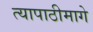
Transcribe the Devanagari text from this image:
त्यापाठीमागे